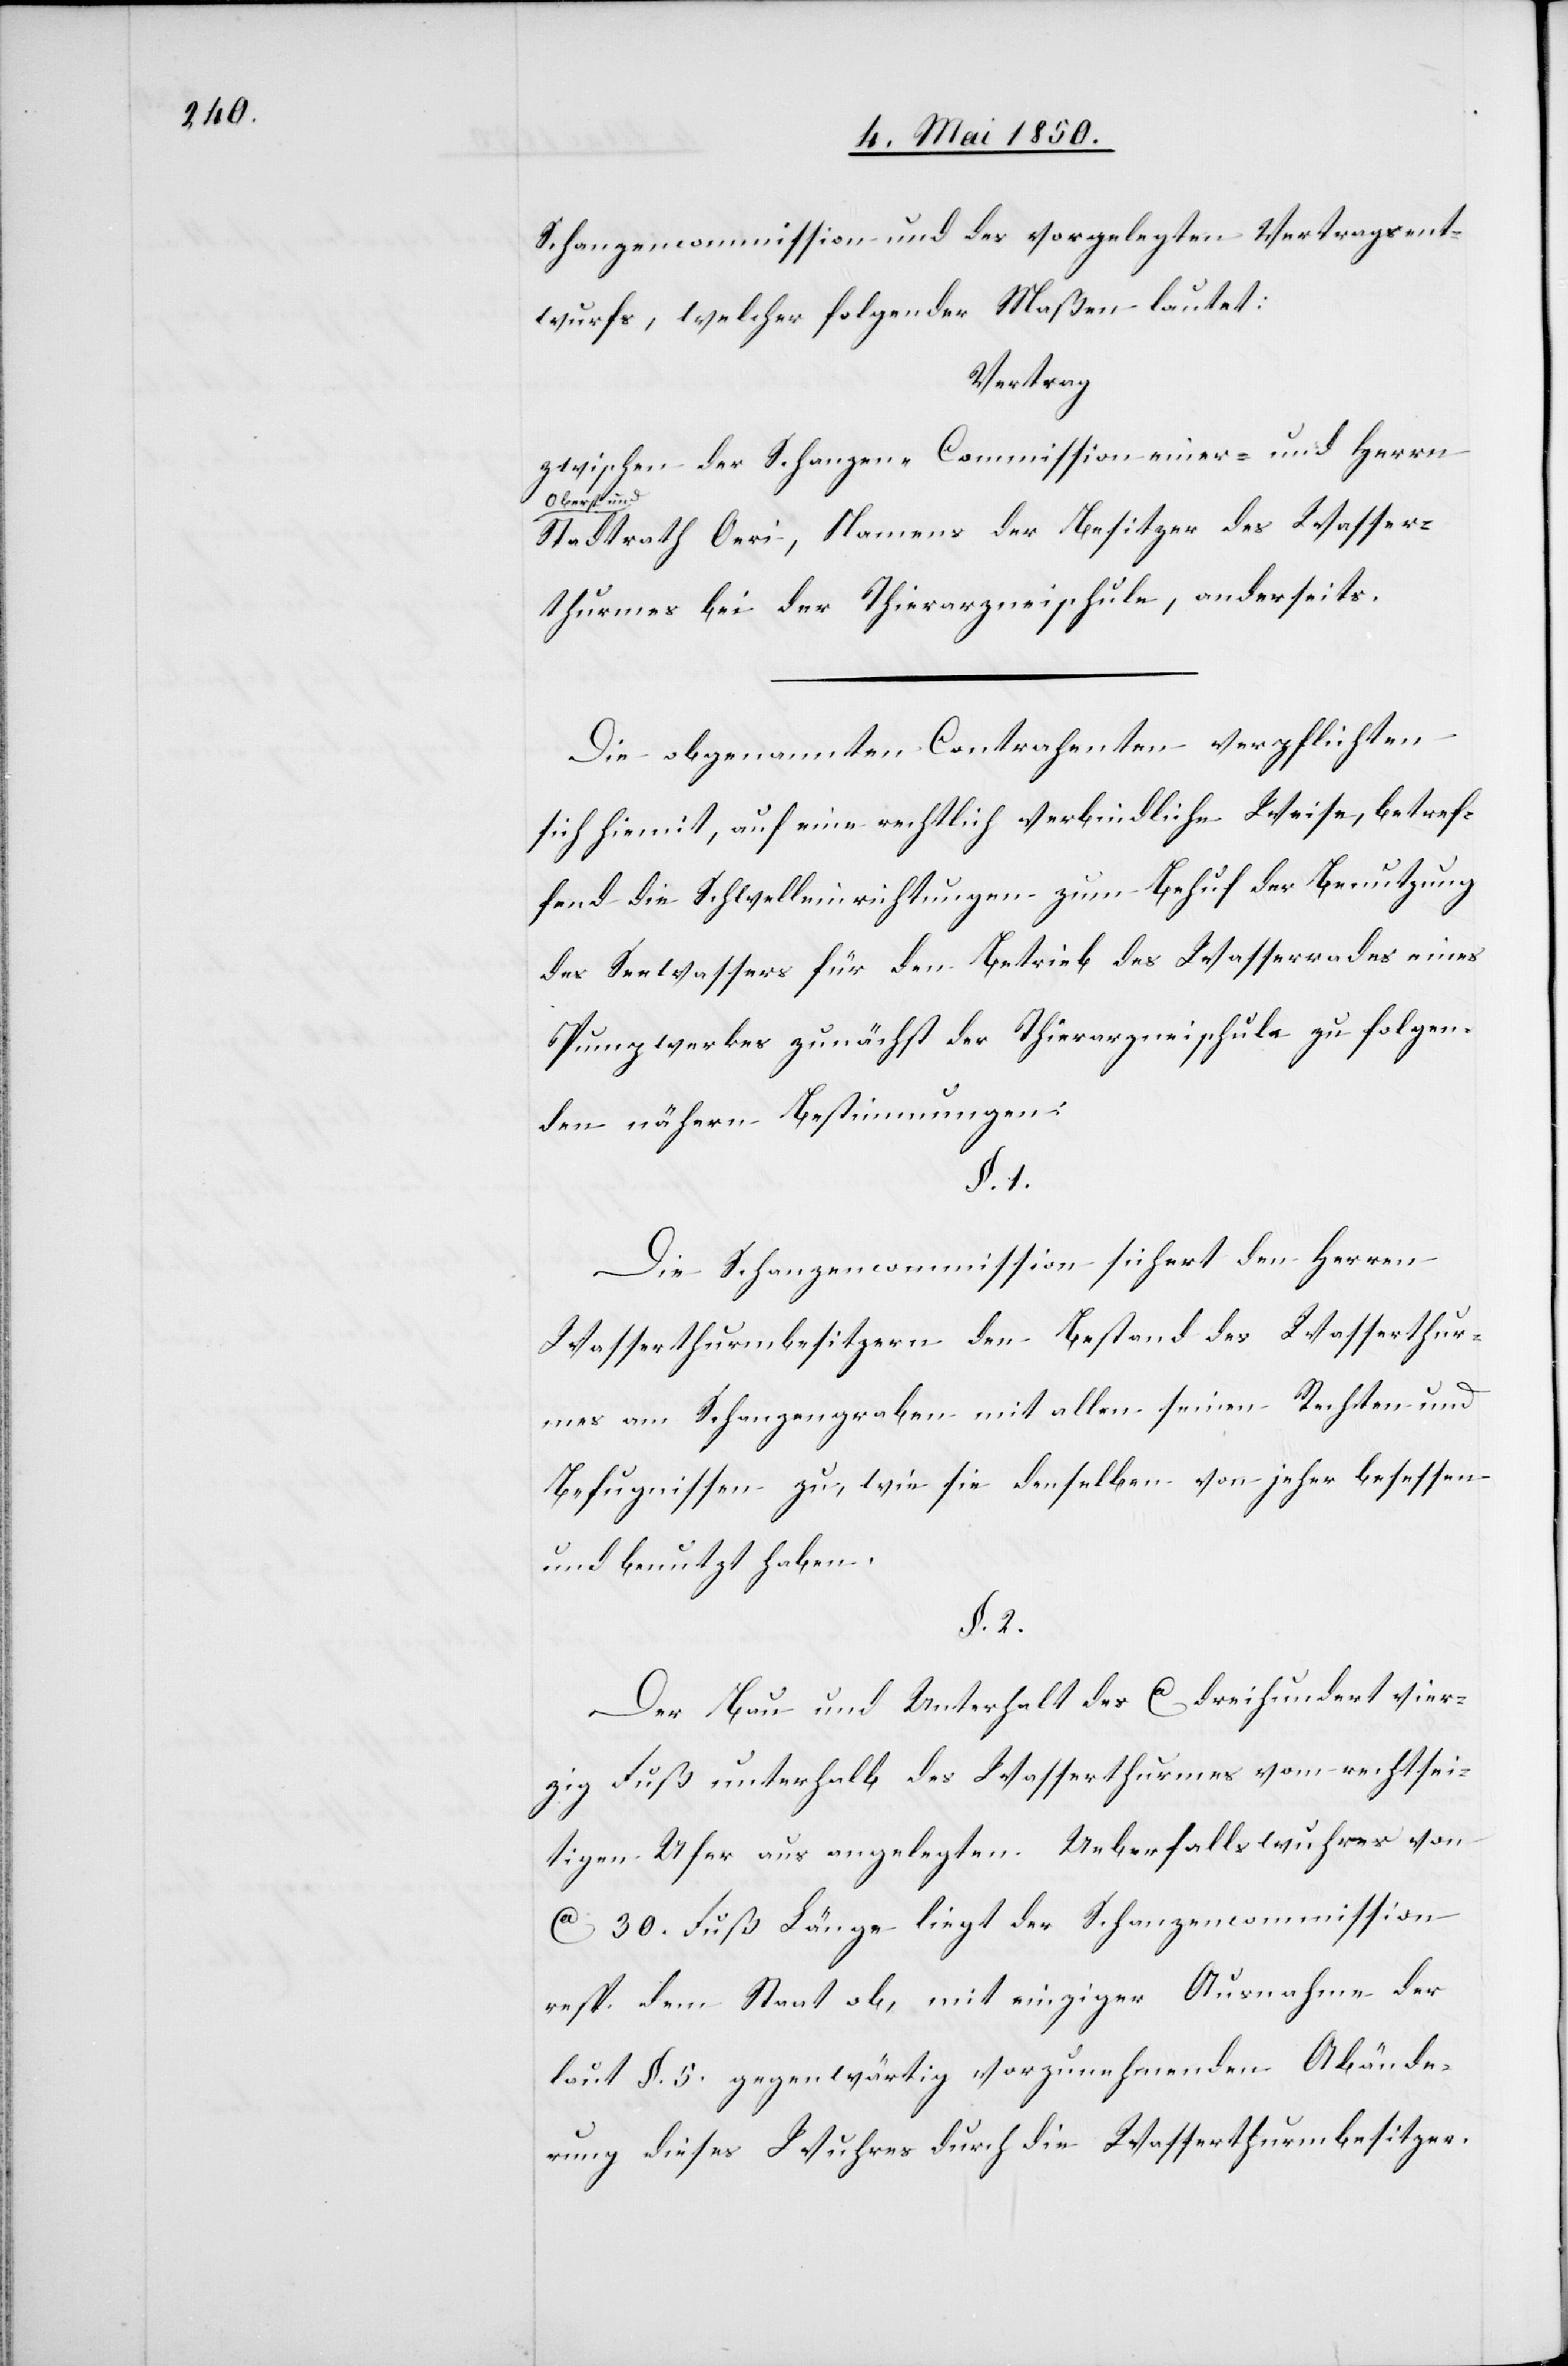
Schanzencommission und des vorgelegten Vertragsent¬
wurfs, welcher folgender Maßen lautet:
Vertrag
zwischen der Schanzen-Commission einer- und Herrn
Oberst und
Stadtrath Oeri, Namens der Besitzer des Wasser¬
thurmes bei der Thierarzneischule, anderseits.
Die obgenannten Contrahenten verpflichten
sich hiemit, auf eine rechtlich verbindliche Weise, betref¬
fend die Schwelleinrichtungen zum Behuf der Benutzung
des Seewassers für den Betrieb des Wasserrades eines
Pumpwerkes zunächst der Thierarzneischule zu folgen¬
den nähern Bestimmungen:
§. 1.
Die Schanzencommission sichert den Herren
Wasserthurmbesitzern den Bestand des Wasserthur¬
mes am Schanzengraben mit allen seinen Rechten und
Befugnissen zu, wie sie denselben von jeher besessen
und benutzt haben.
§. 2.
Der Bau und Unterhalt des Ca dreihundert vier¬
zig Fuß unterhalb des Wasserthurmes vom rechtsei¬
tigen Ufer aus angelegten Ueberfallswuhres von
Ca 30. Fuß Länge liegt der Schanzencommission
resp. dem Staat ob, mit einziger Ausnahme der
laut §. 5. gegenwärtig vorzunehmenden Abände¬
rung dieses Wuhres durch die Wasserthurmbesitzer.